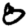
Digit: 8